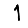
Digit: 1